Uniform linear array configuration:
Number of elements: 12
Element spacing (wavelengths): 1
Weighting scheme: hamming
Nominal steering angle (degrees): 60
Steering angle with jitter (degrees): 58.127
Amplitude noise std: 0.05
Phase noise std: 0.05

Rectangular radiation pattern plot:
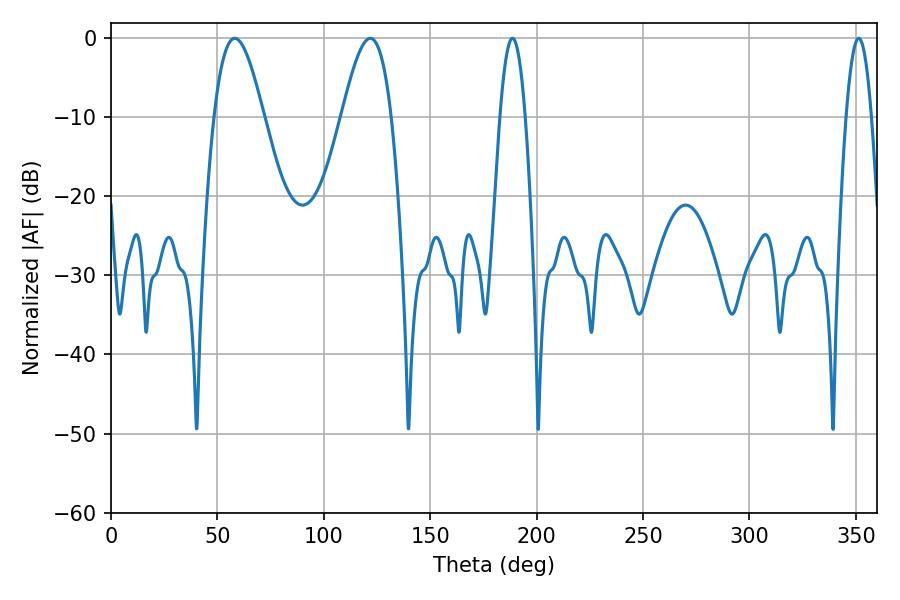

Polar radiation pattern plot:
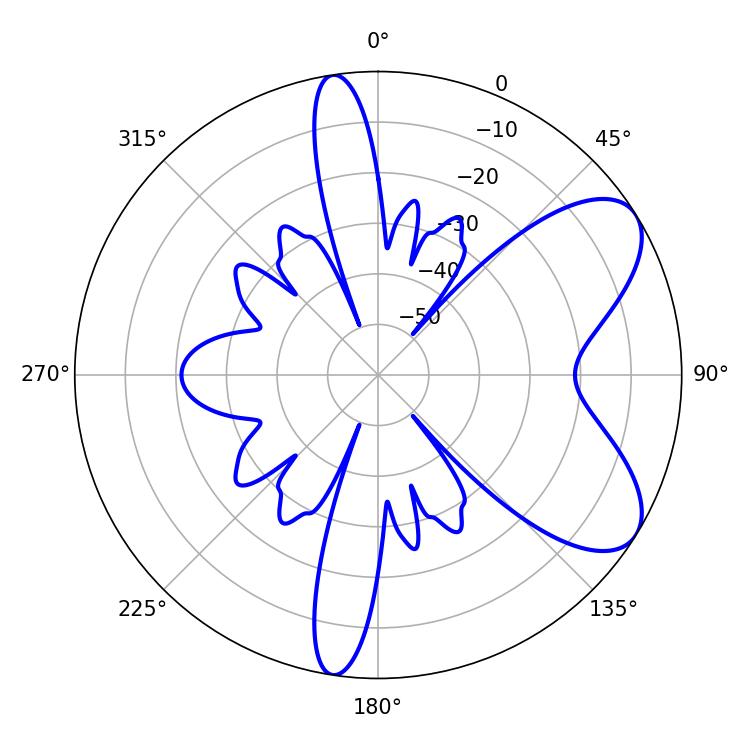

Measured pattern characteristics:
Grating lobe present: TRUE
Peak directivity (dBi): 7.262
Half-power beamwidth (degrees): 12.42
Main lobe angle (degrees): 58.14